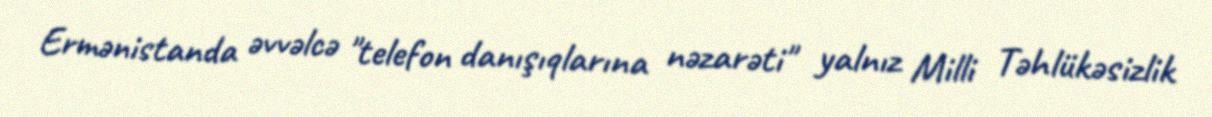
Ermənistanda əvvəlcə "telefon danışıqlarına nəzarəti" yalnız Milli Təhlükəsizlik